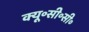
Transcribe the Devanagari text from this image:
क्यू॰सी॰सी॰